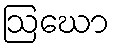
ဩဃော